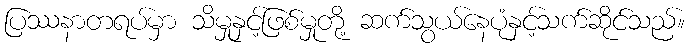
ပြဿနာတရပ်မှာ သိမှုနှင့်ဖြစ်မှုတို့ ဆက်သွယ်နေပုံနှင့်သက်ဆိုင်သည်။